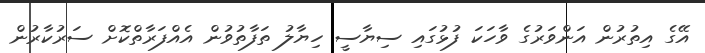
އޭގެ އިތުރުން އަންވަރުގެ ވާހަކަ ފުޅުގައި ސިޔާސީ ހިޔާލު ތަފާތުވުން އެއްފަރާތްކޮށް ސަރުކާރުން